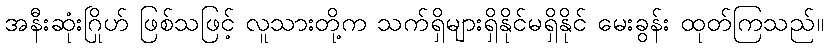
အနီးဆုံးဂြိုဟ် ဖြစ်သဖြင့် လူသားတို့က သက်ရှိများရှိနိုင်မရှိနိုင် မေးခွန်း ထုတ်ကြသည်။